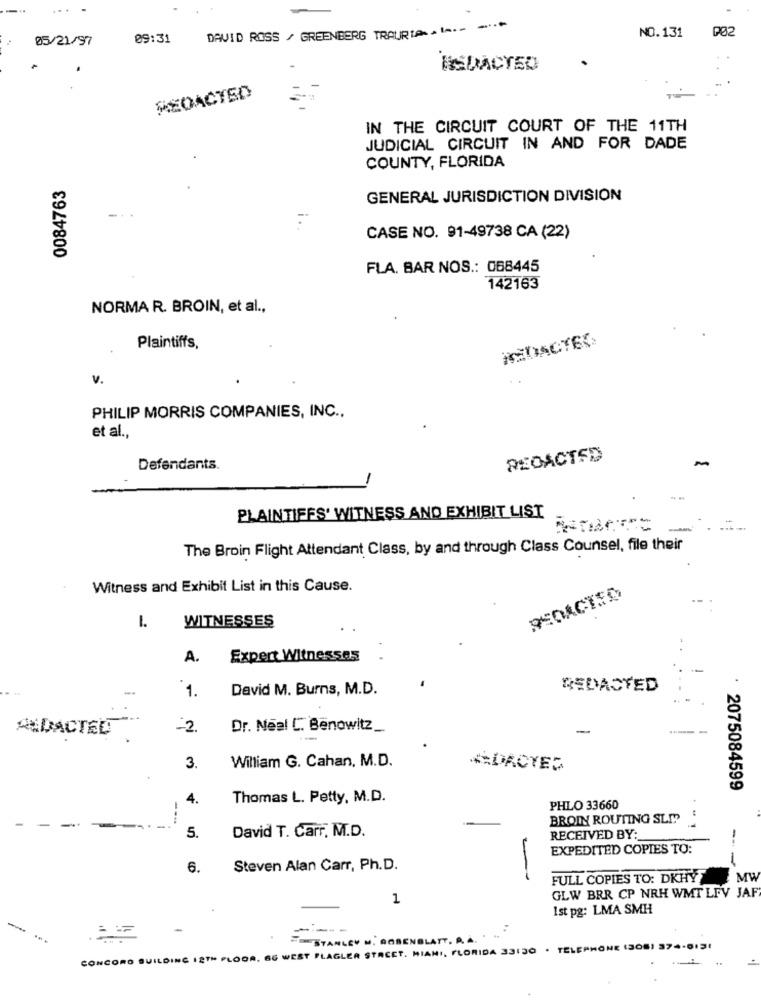
DAVID ROSS / GREENBERG TRAURIG - --- -***
NO.131
002
05/21/97
09:31
REDACTED
MEDACTED
IN THE CIRCUIT COURT OF THE 11TH
JUDICIAL CIRCUIT IN AND FOR DADE
COUNTY, FLORIDA
0084763
GENERAL JURISDICTION DIVISION
CASE NO. 91-49738 CA (22)
FLA. BAR NOS .: 068445
142163
NORMA R. BROIN, et al .,
MEDACTES
Plaintiffs,
v.
PHILIP MORRIS COMPANIES, INC .,
et al.
REDACTED
Defendants.
PLAINTIFFS' WITNESS AND EXHIBIT LIST
The Broin Flight Attendant Class, by and through Class Counsel, file their
Witness and Exhibit List in this Cause.
WITNESSES
A.
Expert Witnesses
David M. Burns, M.D.
REDACTED
1.
ALDACTEL
-2.
Dr. Neal C. Benowitz_
-
William G. Cahan, M.D.
KDACTED
2075084599
4.
Thomas L. Petty, M.D.
PHLO 33660
BROIN ROUTING SLIT
5.
David T. Carr, M.D.
RECEIVED BY:
--
EXPEDITED COPIES TO:
6.
Steven Alan Carr, Ph.D.
-
FULL COPIES TO: DKHY
MW
1
GLW BRR CP NRH WMT LFV JAF
Ist pg: LMA SMH
-----
-
STANLEY M. AOBENBLATT. P. A. . .
CONCORD BUILDING 12TH FLOOR, 66 WEST FLAGLER STACET. MIAMI, FLORIDA 33130 · TELEPHONE (308) 374-0131